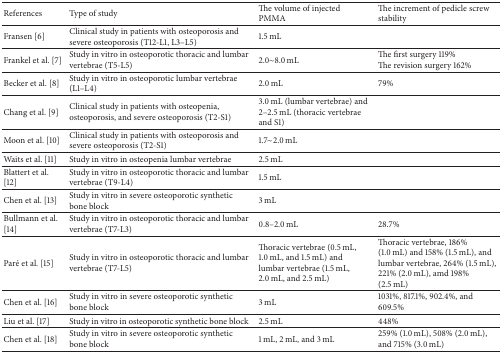
| References | Type of study | The volume of injected PMMA | The increment of pedicle screw stability |
 | --- | --- | --- | --- |
 | Fransen [6] | Clinical study in patients with osteoporosis and severe osteoporosis (T12-L1, L3–L5) | 1.5 mL |  |
 | Frankel et al. [7] | Study in vitro in osteoporotic thoracic and lumbar vertebrae (T5-L5) | 2.0~8.0 mL | The first surgery 119%The revision surgery 162% |
 | Becker et al. [8] | Study in vitro in osteoporotic lumbar vertebrae (L1–L4) | 2.0 mL | 79% |
 | Chang et al. [9] | Clinical study in patients with osteopenia, osteoporosis, and severe osteoporosis (T2-S1) | 3.0 mL (lumbar vertebrae) and 2–2.5 mL (thoracic vertebrae and S1) |  |
 | Moon et al. [10] | Clinical study in patients with osteoporosis and severe osteoporosis (T2-S1) | 1.7~2.0 mL |  |
 | Waits et al. [11] | Study in vitro in osteopenia lumbar vertebrae | 2.5 mL |  |
 | Blattert et al. [12] | Study in vitro in osteoporotic thoracic and lumbar vertebrae (T9-L4) | 1.5 mL |  |
 | Chen et al. [13] | Study in vitro in severe osteoporotic synthetic bone block | 3 mL |  |
 | Bullmann et al. [14] | Study in vitro in osteoporotic thoracic and lumbar vertebrae (T7-L3) | 0.8–2.0 mL | 28.7% |
 | Paré et al. [15] | Study in vitro in osteoporotic thoracic and lumbar vertebrae (T7-L5) | Thoracic vertebrae (0.5 mL, 1.0 mL, and 1.5 mL) and lumbar vertebrae (1.5 mL, 2.0 mL, and 2.5 mL) | Thoracic vertebrae, 186% (1.0 mL) and 158% (1.5 mL), and lumbar vertebrae, 264% (1.5 mL), 221% (2.0 mL), amd 198% (2.5 mL) |
 | Chen et al. [16] | Study in vitro in severe osteoporotic synthetic bone block | 3 mL | 1031%, 817.1%, 902.4%, and 609.5% |
 | Liu et al. [17] | Study in vitro in osteoporotic synthetic bone block | 2.5 mL | 448% |
 | Chen et al. [18] | Study in vitro in severe osteoporotic synthetic bone block | 1 mL, 2 mL, and 3 mL | 259% (1.0 mL), 508% (2.0 mL), and 715% (3.0 mL) |